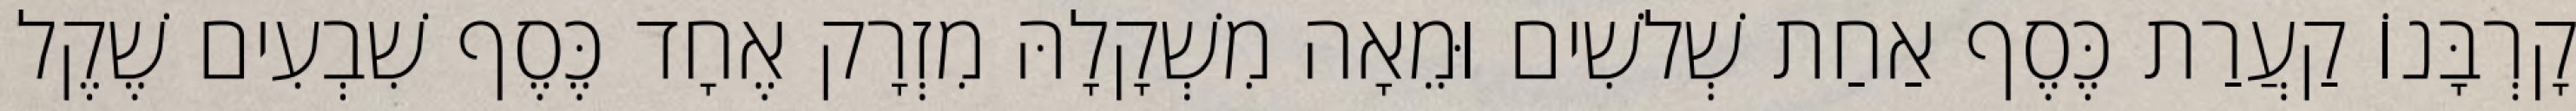
קָרְבָּנוֹ קַעֲרַת כֶּסֶף אַחַת שְׁלשִׁים וּמֵאָה מִשְׁקָלָהּ מִזְרָק אֶחָד כֶּסֶף שִׁבְעִים שֶׁקֶל